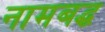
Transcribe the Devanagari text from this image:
नामबद्ध